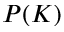
P ( K )